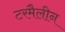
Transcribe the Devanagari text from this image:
टरमैलीन